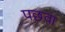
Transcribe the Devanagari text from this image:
पछवा